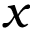
x